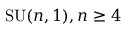
\mathrm { S U } ( n , 1 ) , n \geq 4